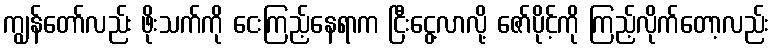
ကျွန်တော်လည်း ဖိုးသက်ကို ငေးကြည့်နေရာက ငြီးငွေ့လာလို့ ဇော်ပိုင့်ကို ကြည့်လိုက်တော့လည်း